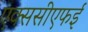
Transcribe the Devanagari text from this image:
एक्ससीएफई